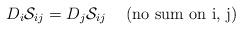
LaTeX: \begin{align*}D_i{\cal S}_{ij}=D_j{\cal S}_{ij} \hskip5mm (\mbox{no sum on i, j})\end{align*}